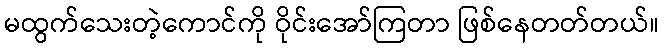
မထွက်သေးတဲ့ကောင်ကို ဝိုင်းအော်ကြတာ ဖြစ်နေတတ်တယ်။